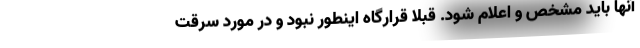
آنها باید مشخص و اعلام شود. قبلا قرارگاه اینطور نبود و در مورد سرقت